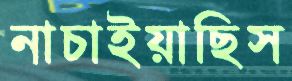
নাচাইয়াছিস